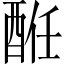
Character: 𨠲